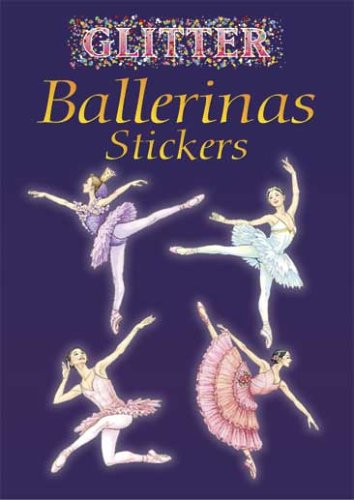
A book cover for Glitter Ballerinas Stickers (Dover Little Activity Books Stickers); Darcy May; Humor & Entertainment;